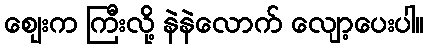
ဈေးက ကြီးလို့ နဲနဲလောက် လျော့ပေးပါ။